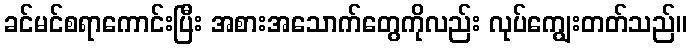
ခင်မင်စရာကောင်းပြီး အစားအသောက်တွေကိုလည်း လုပ်ကျွေးတတ်သည်။